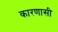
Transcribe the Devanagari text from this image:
कारणासी